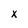
Character: x